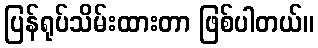
ပြန်ရုပ်သိမ်းထားတာ ဖြစ်ပါတယ်။